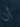
أن